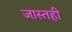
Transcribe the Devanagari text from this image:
जास्तही